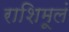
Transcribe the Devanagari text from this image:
राशिमूलं